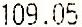
109.05